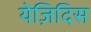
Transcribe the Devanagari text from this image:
येज़िदिस